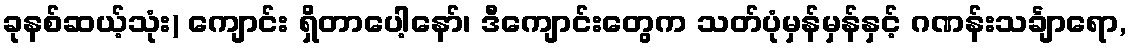
ခုနစ်ဆယ့်သုံး) ကျောင်း ရှိတာပေါ့နော်၊ ဒီကျောင်းတွေက သတ်ပုံမှန်မှန်နှင့် ဂဏန်းသင်္ချာရော,